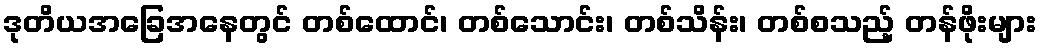
ဒုတိယအခြေအနေတွင် တစ်ထောင်၊ တစ်သောင်း၊ တစ်သိန်း၊ တစ်စသည့် တန်ဖိုးများ